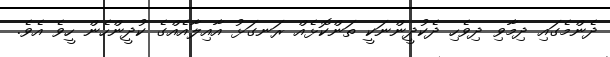
ދެންމެގައި ދިމާވި ދިވެހި ދެކުދީންނަކީ ތަންކޮޅެއް ރަނގަޅު އާއިލާއެއްގެ ކުދީންހެން ހީވެ އެވެ.